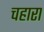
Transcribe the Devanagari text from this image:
चहारा